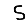
Digit: 5